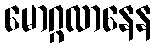
မောဂ္ဂလာနေန